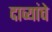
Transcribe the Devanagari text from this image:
दाव्यांचे